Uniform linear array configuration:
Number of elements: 16
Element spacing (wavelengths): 1
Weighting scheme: hann
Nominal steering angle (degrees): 0
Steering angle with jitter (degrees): -0.461
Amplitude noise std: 0.05
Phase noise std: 0.05

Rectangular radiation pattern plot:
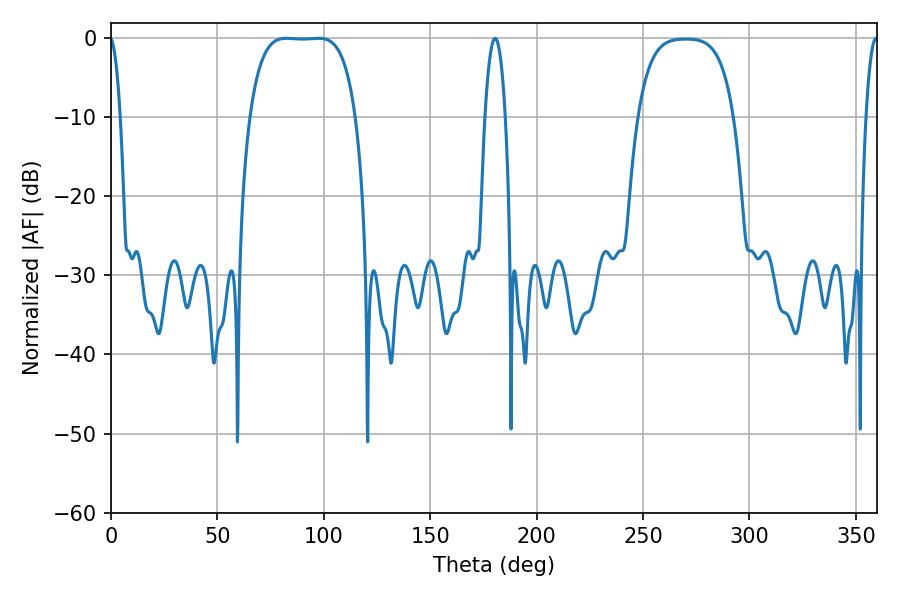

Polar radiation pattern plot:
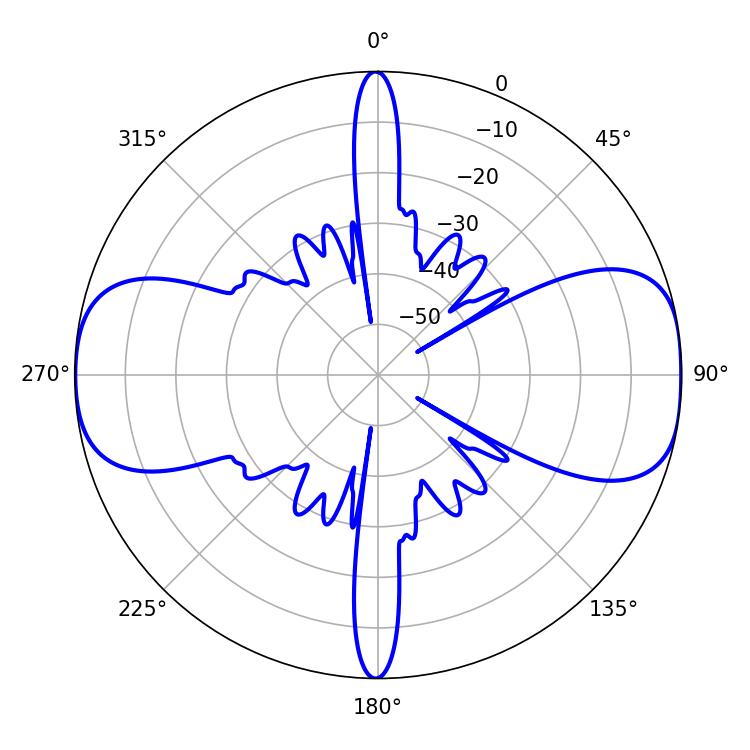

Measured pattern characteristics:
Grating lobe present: TRUE
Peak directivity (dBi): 12.407
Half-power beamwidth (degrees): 38.52
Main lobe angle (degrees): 82.44